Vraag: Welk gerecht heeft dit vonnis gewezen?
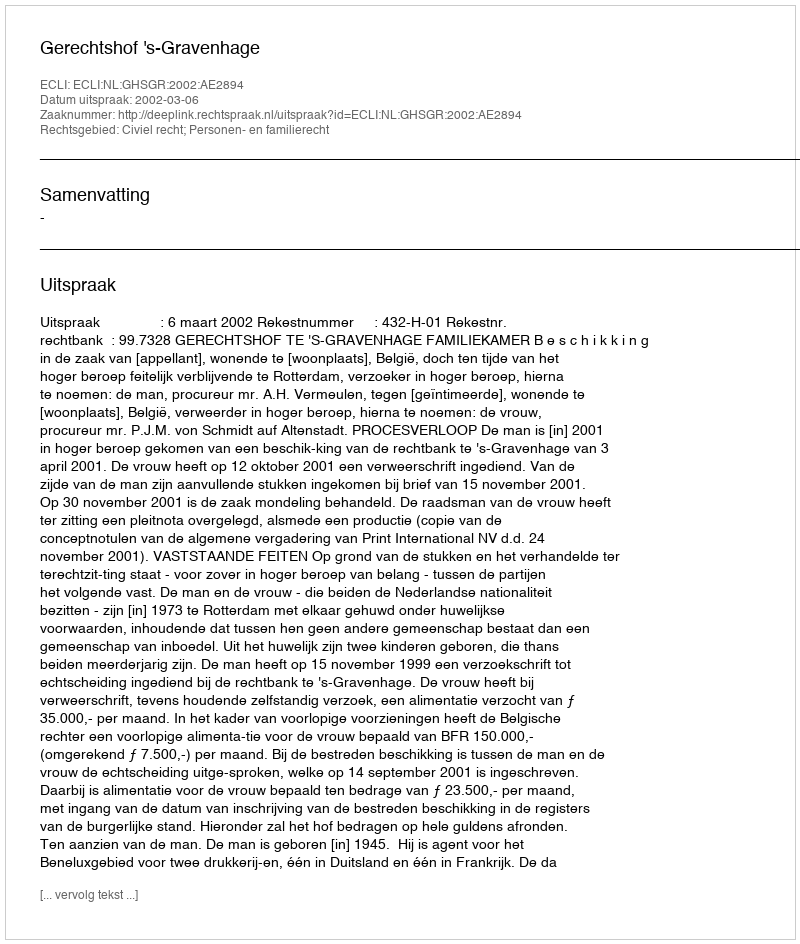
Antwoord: Gerechtshof 's-Gravenhage